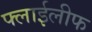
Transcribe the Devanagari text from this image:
फ्लाईलीफ